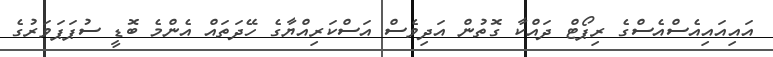
އައިއައިއެސްއެސްގެ ރިޕޯޓް ދައްކާ ގޮތުން އަދިވެސް އަސްކަރިއްޔާގެ ހޭދަތައް އެންމެ ބޮޑީ ސުޕަޕަވަރުގެ